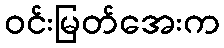
ဝင်းမြတ်အေးက